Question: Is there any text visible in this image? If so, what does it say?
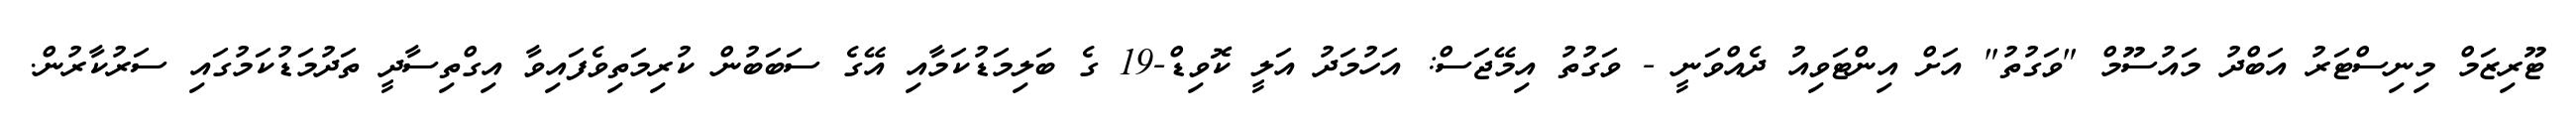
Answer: ޓޫރިޒަމް މިނިސްޓަރު އަބްދު މައުސޫމް "ވަގުތު" އަށް އިންޓަވިއު ދެއްވަނީ - ވަގުތު އިމޭޖަސް: އަހުމަދު އަލީ ކޮވިޑް-19 ގެ ބަލިމަޑުކަމާއި އޭގެ ސަބަބުން ކުރިމަތިވެފައިވާ އިގްތިސާދީ ތަދުމަޑުކަމުގައި ސަރުކާރުން.